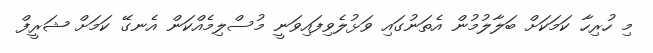
މި ހުރިހާ ކަމަކަށް ބަލާލުމުން އެތަނުގައި ވަޅުލެވިފައިވަނީ މުސްލިމެއްކަން އެނގޭ ކަމަށް ޝަރީފް